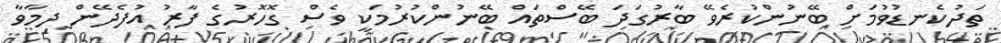
ތަދުކެނޑުވުމަށް ބޭނުންކުރެވޭ ބާރުގަދަ ބޭސްތައް ބޭނުންކުރުމަކީ ވެސް ގޮހޮރުގެ ފާރު އުފެދޭން ދިމާވާ